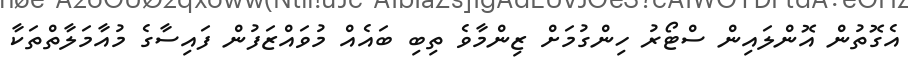
އެގޮތުން އޮންލައިން ސްޓޯރު ހިންގުމަށް ޒިންމާވެ ތިބި ބައެއް މުވައްޒަފުން ފައިސާގެ މުއާމަލާތްތަކާ